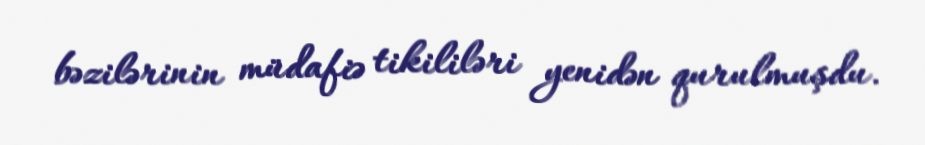
bəzilərinin müdafiə tikililəri yenidən qurulmuşdu.